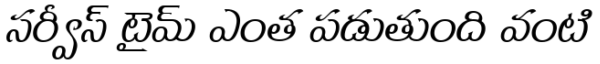
సర్వీస్ టైమ్ ఎంత పడుతుంది వంటి